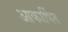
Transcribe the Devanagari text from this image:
आकार्षित